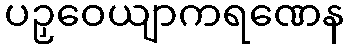
ပဉှဝေယျာကရဏေန